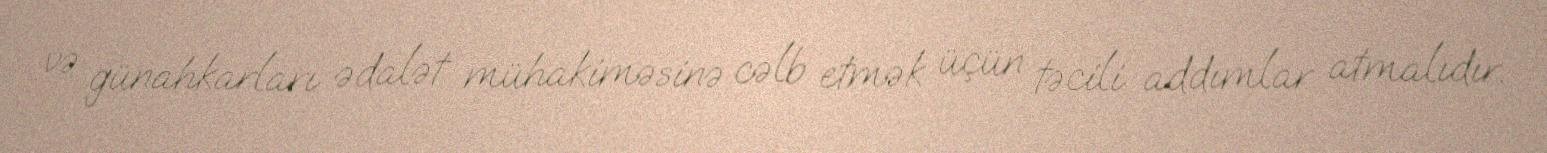
və günahkarları ədalət mühakiməsinə cəlb etmək üçün təcili addımlar atmalıdır.